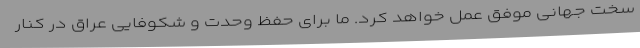
سخت جهانی موفق عمل خواهد کرد. ما برای حفظ وحدت و شکوفایی عراق در کنار